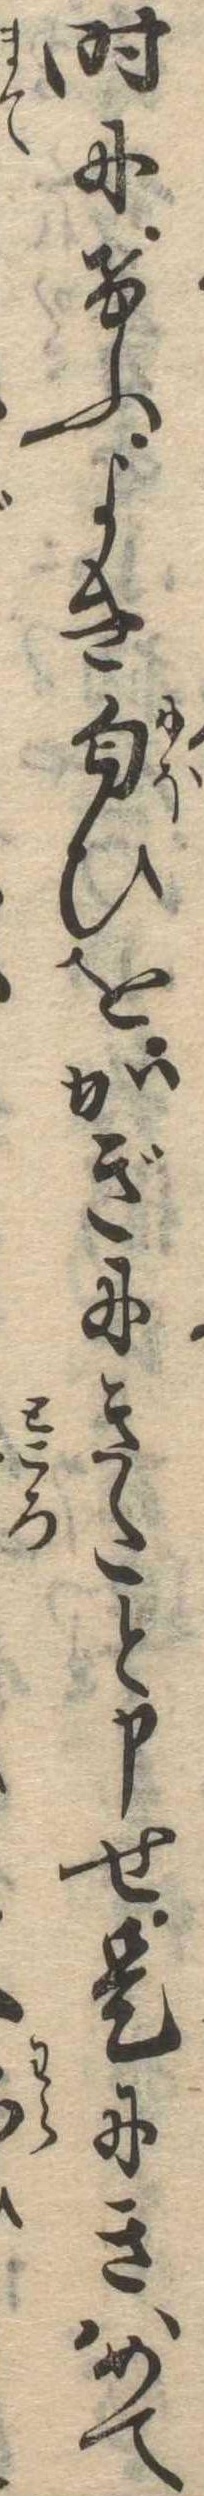
時にけふよき匂ひをかぎにきたと申せ是にきはめて